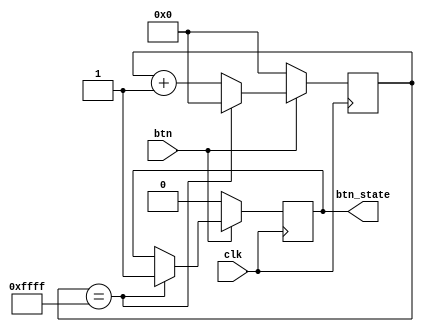
`timescale 1ns / 1ps
//////////////////////////////////////////////////////////////////////////////////
// Company: 
// Engineer: 
// 
// Design Name: 
// Module Name:    debouncer 
// Project Name: 
// Target Devices: 
// Tool versions: 
// Description: 
//
// Dependencies: 
//
// Revision: 
// Revision 0.01 - File Created
// Additional Comments: 
//
//////////////////////////////////////////////////////////////////////////////////
module debouncer(
		input btn,
		input clk,
		output btn_state
	);
	reg btn_state_temp = 0;
	reg[15:0] counter;
	
	reg clk1;
	reg clk2;
	
	always @ (posedge clk) begin
		if (btn == 1) begin
			counter <= counter + 1'b1;
//			$write("not counted\n");
			if (counter == 16'hffff) begin
//				$write("counted\n");
				counter <= 0;
				btn_state_temp <= 1;
			end
		end
		else begin
			counter <= 0;
			btn_state_temp <= 0;
		end
	end
	
	assign btn_state = btn_state_temp;


endmodule